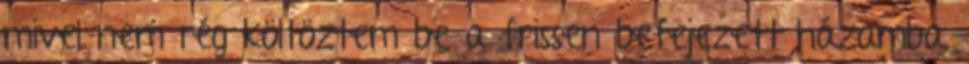
mivel nem rég költöztem be a frissen befejezett házamba,